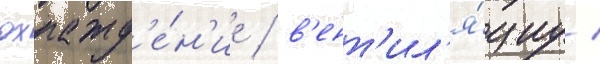
охлажд'е́н'ие / в'ент'ил'я́циу /